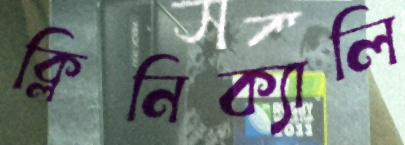
ক্লিনিক্যালি